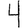
Digit: 4